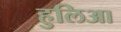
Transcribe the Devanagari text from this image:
हुलिआ